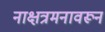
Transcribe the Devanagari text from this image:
नाक्षत्रमनावरून